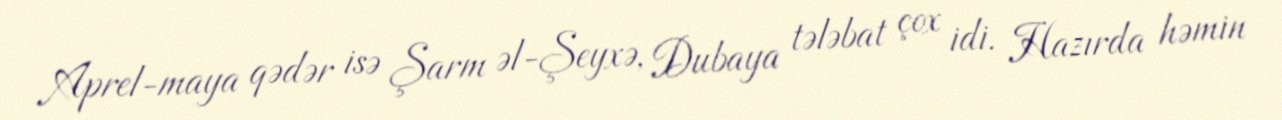
Aprel-maya qədər isə Şarm əl-Şeyxə, Dubaya tələbat çox idi. Hazırda həmin